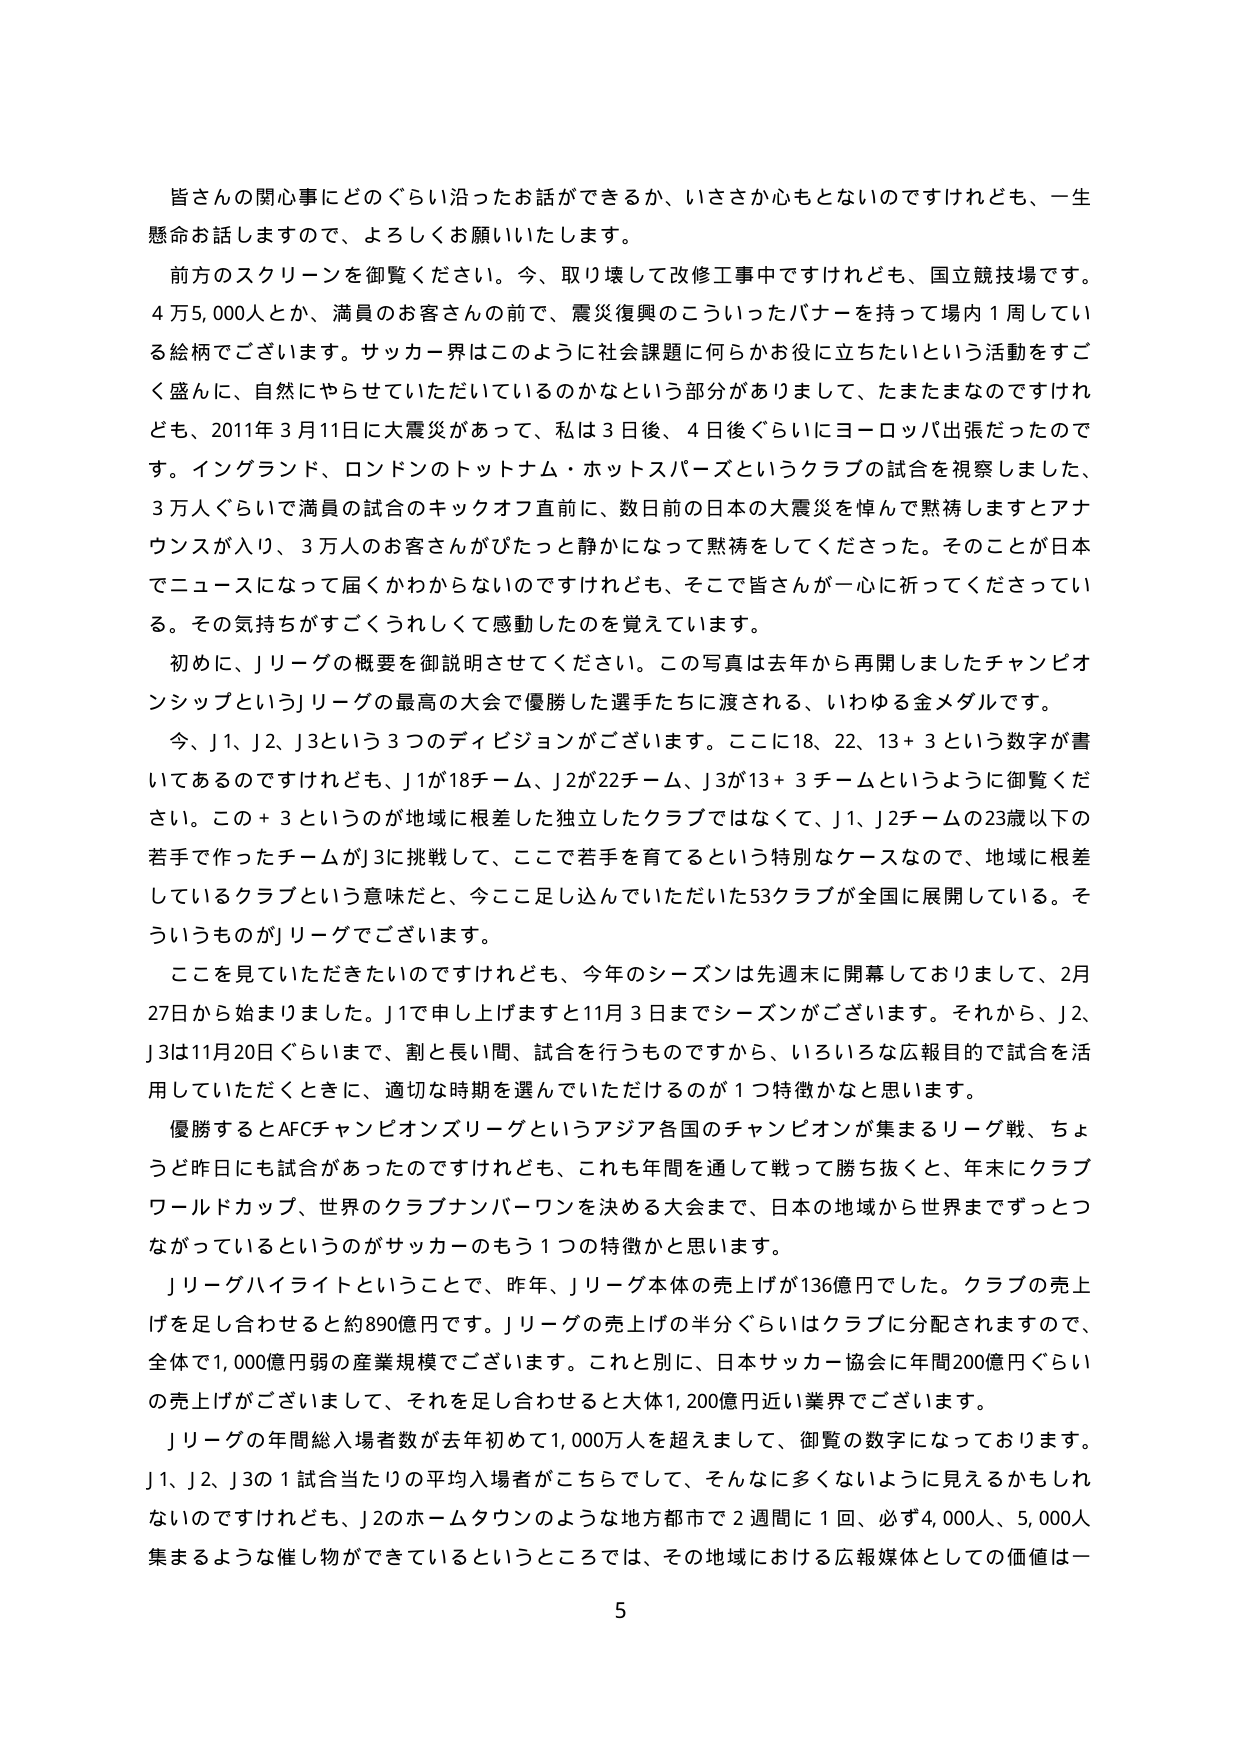
皆さんのお関心事にどのぐらい沿ったお話ができるか、いささか心もとないのですがけれども、一生懸命お話しますので、よろしくお願いいたします。

前方のスクリーンを御覧ください。今、取り壊して改修工事中ですけれども、国立競技場です。4万5,000人とか、満員のお客さんの前で、震災復興のこういったバナーを持って場内1周している絵柄でございます。サッカー界はこのように社会課題に何らかお役に立ちたいという活動をすごく盛んに、自然にやらせていただいているのかなという部分がありまして、たまたまなのですけれども、2011年3月11日に大震災があって、私は3日後、4日後ぐらいにヨーロッパ出張だったのです。イングランド、ロンドンのトットナム・ホットスパーズというクラブの試合を視察しました、3万人ぐらいで満員の試合のキックオフ直前に、数日前の日本の大震災を悼んで黙祷しますとアナウンスが入り、3万人のお客さんがぴたっと静かになって黙祷をしてくださった。そのことが日本でニュースになって届くかわからないのですけれども、そこで皆さんが一心に祈ってくださっている。その気持ちがすごくうれしくて感動したのを覚えています。

初めに、Jリーグの概要を御説明させてください。この写真は去年から再開しましたチャンピオンシップというJリーグの最高の大会で優勝した選手たちに渡される、いわゆる金メダルです。

今、J1、J2、J3という3つのディビジョンがございます。ここに18、22、13＋3という数字が書いてあるのですけれども、J1が18チーム、J2が22チーム、J3が13＋3チームというように御覧ください。この＋3というのが地域に根差した独立したクラブではなくて、J1、J2チームの23歳以下の若手で作ったチームがJ3に挑戦して、ここで若手を育てるという特別なケースなので、地域に根差しているクラブという意味だと、今ここ足し込んでいただいた53クラブが全国に展開している。そういうものがJリーグでございます。

ここを見ていただきたいのですけれども、今年のシーズンは先週末に開幕しておりまして、2月27日から始まりました。J1で申し上げますと11月3日までシーズンがございます。それから、J2、J3は11月20日ぐらいまで、割と長い間、試合を行うものですから、いろいろな広報目的で試合を活用していただくときに、適切な時期を選んでいただけるのが1つ特徴かなと思います。

優勝するとAFCチャンピオンズリーグというアジア各国のチャンピオンが集まるリーグ戦、ちょうど昨日にも試合があったのですけれども、これも年間を通して戦って勝ち抜くと、年末にクラブワールドカップ、世界のクラブナンバーワンを決める大会まで、日本の地域から世界までずっとつながっているというのがサッカーのもう1つの特徴かと思います。

Jリーグハイライトということで、昨年、Jリーグ本体の売上げが136億円でした。クラブの売上げを足し合わせると約890億円です。Jリーグの売上げの半分ぐらいはクラブに分配されますので、全体で1,000億円弱の産業規模でございます。これと別に、日本サッカー協会に年間200億円ぐらいの売上げがございまして、それを足し合わせると大体1,200億円近い業界でございます。

Jリーグの年間総入場者数が去年初めて1,000万人を超えまして、御覧の数字になっております。J1、J2、J3の1試合当たりの平均入場者がこちらでして、そんなに多くないように見えるかもしれませんが、J2のホームタウンのような地方都市で2週間に1回、必ず4,000人、5,000人集まるような催し物ができているというところでは、その地域における広報媒体としての価値は一

5